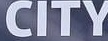
CITY